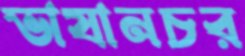
ভাষানচর